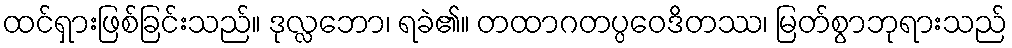
ထင်ရှားဖြစ်ခြင်းသည်။ ဒုလ္လဘော၊ ရခဲ၏။ တထာဂတပ္ပဝေဒိတဿ၊ မြတ်စွာဘုရားသည်